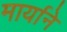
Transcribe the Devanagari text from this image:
मार्याने